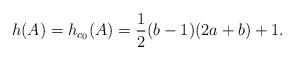
LaTeX: \begin{align*} h(A)=h_{c_0}(A)=\frac12 (b-1)(2a+b) +1. \end{align*}